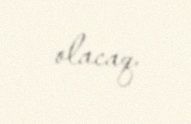
olacaq.